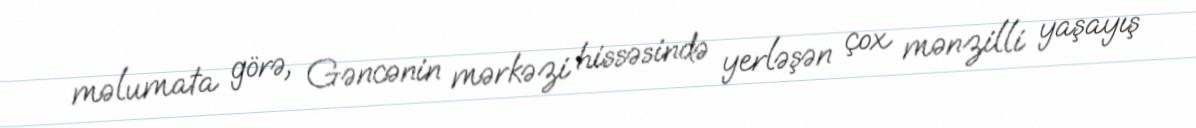
məlumata görə, Gəncənin mərkəzi hissəsində yerləşən çox mənzilli yaşayış